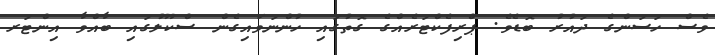
ވެސް ހަސަންގެ ދައުރު ބޮޑެވެ. ޕްރިފެކްޓަރެއްގެ ގޮތުގައި ހުންނަވައިގެން ސްކޫލުގައި ބާއްވާ އިންޓަރ